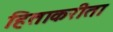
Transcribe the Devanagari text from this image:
हिताकरीता